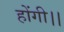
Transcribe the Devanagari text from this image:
होंगी।।